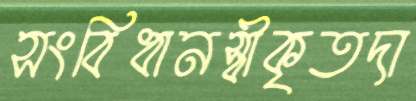
সংবিধানস্বীকৃতদা